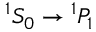
^ 1 S _ { 0 } \rightarrow { } ^ { 1 } P _ { 1 }